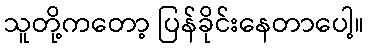
သူတို့ကတော့ ပြန်ခိုင်းနေတာပေါ့။